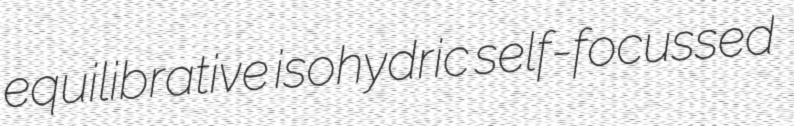
equilibrative isohydric self-focussed